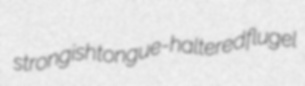
strongish tongue-haltered flugel